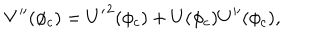
LaTeX: V ^ { \prime \prime } ( \phi _ { c } ) = { U ^ { \prime } } ^ { 2 } ( \phi _ { c } ) + U ( \phi _ { c } ) U ^ { \prime \prime } ( \phi _ { c } ) ,